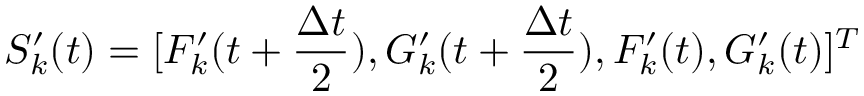
S _ { k } ^ { \prime } ( t ) = [ F _ { k } ^ { \prime } ( t + \frac { \Delta t } { 2 } ) , G _ { k } ^ { \prime } ( t + \frac { \Delta t } { 2 } ) , F _ { k } ^ { \prime } ( t ) , G _ { k } ^ { \prime } ( t ) ] ^ { T }